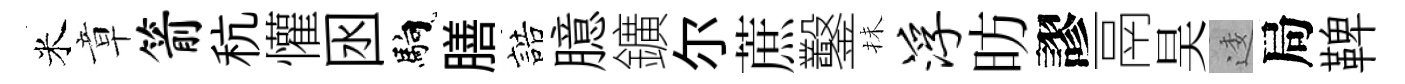
米章箭秔懽囦馿膳誥臆鑛尓蔗鑿抺浮昉謬鬲昊逶局鞞